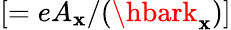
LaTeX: [=eA_{\mathbf{x}}/(\hbark_{\mathbf{x}})]